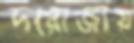
দরোজায়